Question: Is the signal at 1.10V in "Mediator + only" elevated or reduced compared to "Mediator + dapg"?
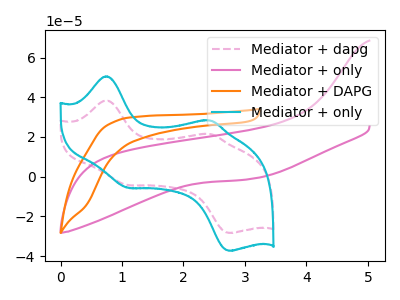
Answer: <think>The pink dashed curve "Mediator + dapg" has anodic peaks at (0.75V, 38.40uA) (2.45V, 21.50uA) and cathodic peaks at (1.10V, -4.25uA) (2.75V, -28.30uA). The pink curve "Mediator + only" has no peaks. The orange curve "Mediator + DAPG" has no peaks. The cyan curve "Mediator + only" has anodic peaks at (0.75V, 50.55uA) (2.45V, 28.35uA) and cathodic peaks at (1.10V, -5.55uA) (2.75V, -37.30uA).</think>
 <answer>The peak at 1.10V is higher in "Mediator + only" than in "Mediator + dapg".</answer>
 <eval>higher</eval>